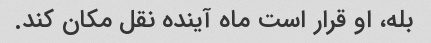
بله، او قرار است ماه آینده نقل مکان کند.